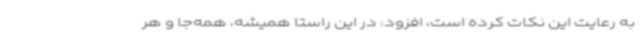
به رعایت این نکات کرده است، افزود: در این راستا همیشه، همه‌جا و هر